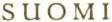
SUOMI